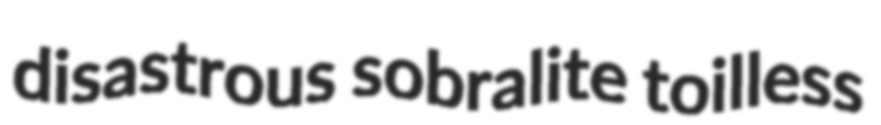
disastrous sobralite toilless